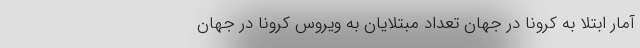
آمار ابتلا به کرونا در جهان تعداد مبتلایان به ویروس کرونا در جهان